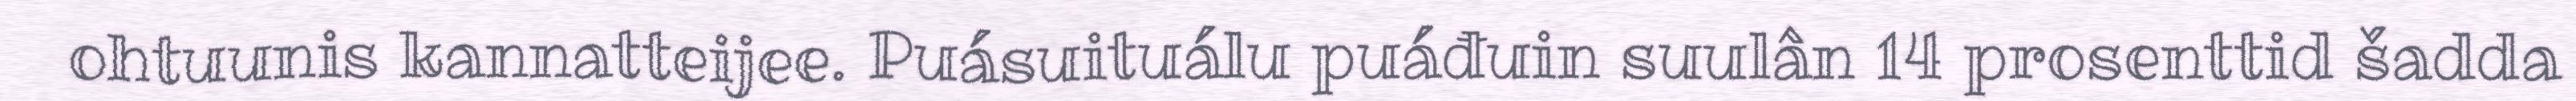
ohtuunis kannatteijee. Puásuituálu puáđuin suulân 14 prosenttid šadda